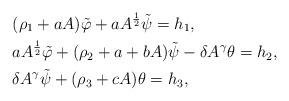
LaTeX: \begin{align*}&( \rho_1 + a A) \tilde\varphi + a A^\frac12\tilde\psi = h_1, \\&a A^\frac12\tilde\varphi + ( \rho_2 + a + bA)\tilde\psi - \delta A^\gamma\theta = h_2,\\&\delta A^\gamma \tilde\psi +( \rho_3 + c A)\theta = h_3,\end{align*}